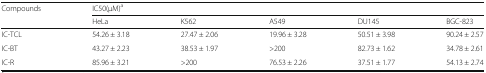
| <ROWSPAN=2> Compounds | <COLSPAN=5> IC50(μM)a |
 | HeLa | K562 | A549 | DU145 | BGC-823 |
 | --- | --- | --- | --- | --- | --- |
 | IC-TCL | 54.26 ± 3.18 | 27.47 ± 2.06 | 19.96 ± 3.28 | 50.51 ± 3.98 | 90.24 ± 2.57 |
 | IC-BT | 43.27 ± 2.23 | 38.53 ± 1.97 | >200 | 82.73 ± 1.62 | 34.78 ± 2.61 |
 | IC-R | 85.96 ± 3.21 | >200 | 76.53 ± 2.26 | 37.51 ± 1.77 | 54.13 ± 2.74 |